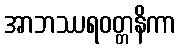
အာဘဿရဝတ္တနိကာ